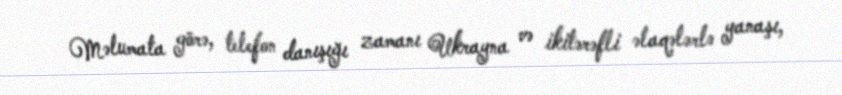
Məlumata görə, telefon danışığı zamanı Ukrayna və ikitərəfli əlaqələrlə yanaşı,